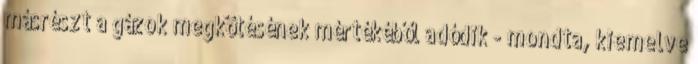
másrészt a gázok megkötésének mértékéből adódik - mondta, kiemelve